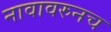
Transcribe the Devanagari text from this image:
नावावरुनच